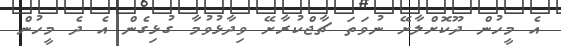
އެ މީހުން ދޫކޮށްލާށޭ ނުވަތަ ޗާޖްކުރާށޭ ވިދާޅުވުމާ ގުޅިގެން އެ ދެ މީހުން